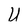
Character: U